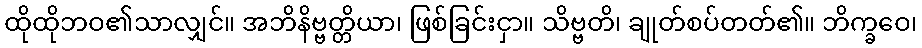
ထိုထိုဘဝ၏သာလျှင်။ အဘိနိဗ္ဗတ္တိယာ၊ ဖြစ်ခြင်းငှာ။ သိဗ္ဗတိ၊ ချုတ်စပ်တတ်၏။ ဘိက္ခဝေ၊